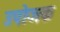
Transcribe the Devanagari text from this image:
उपोजक